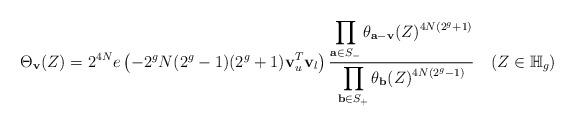
LaTeX: \begin{align*}\Theta_\mathbf{v}(Z)=2^{4N}e\left(-2^gN(2^g-1)(2^g+1)\mathbf{v}_u^T\mathbf{v}_l\right)\frac{\displaystyle \prod_{\mathbf{a}\in S_-}\theta_{\mathbf{a}-\mathbf{v}}(Z)^{4N(2^g+1)}}{\displaystyle \prod_{\mathbf{b}\in S_+}\theta_\mathbf{b}(Z)^{4N(2^g-1)}}\quad(Z\in\mathbb{H}_g)\end{align*}